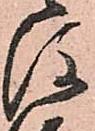
後